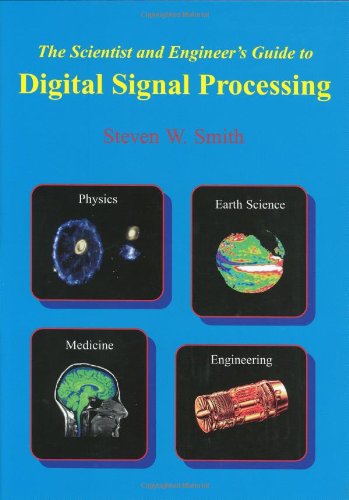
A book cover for The Scientist & Engineer's Guide to Digital Signal Processing; Steven W. Smith; Computers & Technology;